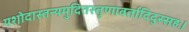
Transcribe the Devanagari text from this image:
यशोदास्तन्यमुदितस्तृणावर्तादिदुस्सहः।